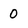
Character: 0